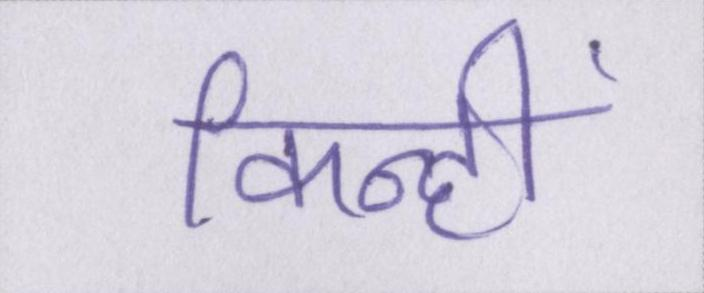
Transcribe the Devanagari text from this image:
किन्हीं